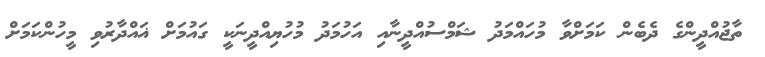
ތާޖުއްދީންގެ ދެބެން ކަމަށްވާ މުހައްމަދު ޝަމްސުއްދީނާއި އަހުމަދު މުހުޔިއްދީނަކީ ގައުމަށް ޣައްދާރުވި މީހުންކަމަށް